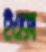
ইএক্স